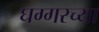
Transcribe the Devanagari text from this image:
घग्गरच्या